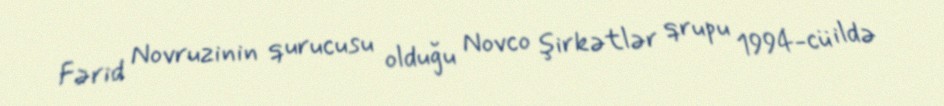
Fərid Novruzinin qurucusu olduğu Novco şirkətlər qrupu 1994-cü ildə